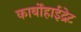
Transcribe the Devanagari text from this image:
कार्बोहाईद्रेट